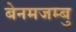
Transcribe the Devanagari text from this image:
बेनमजम्बु